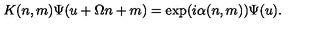
K ( n , m ) \Psi ( u + \Omega n + m ) = \exp ( i \alpha ( n , m ) ) \Psi ( u ) .